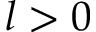
l > 0